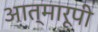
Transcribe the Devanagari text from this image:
आत्मारूपी